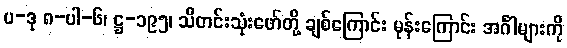
ပ-ဒု ၈-ပါ-၆၊ ဋ္ဌ-၁၉၅၊ သီတင်းသုံးဖော်တို့ ချစ်ကြောင်း မုန်းကြောင်း အင်္ဂါများကို